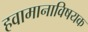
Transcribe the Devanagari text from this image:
हवामानाविषयक